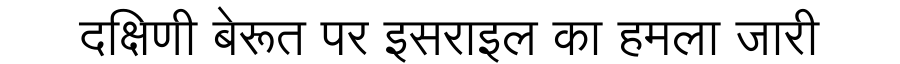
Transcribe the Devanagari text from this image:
दक्षिणी बेरूत पर इसराइल का हमला जारी